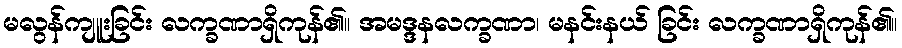
မလွန်ကျူးခြင်း လက္ခဏာရှိကုန်၏။ အမဒ္ဒနလက္ခဏာ၊ မနင်းနယ် ခြင်း လက္ခဏာရှိကုန်၏။